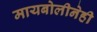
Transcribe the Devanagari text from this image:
मायबोलीनेही